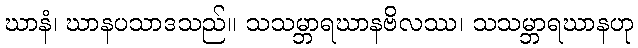
ဃာနံ၊ ဃာနပသာဒသည်။ သသမ္ဘာရဃာနဗိလဿ၊ သသမ္ဘာရဃာနဟု